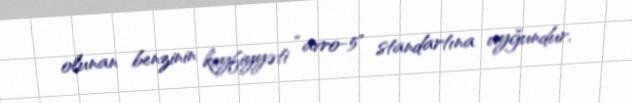
olunan benzinin keyfiyyəti “avro-5" standartına uyğundur.